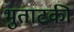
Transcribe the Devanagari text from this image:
भुताटकी